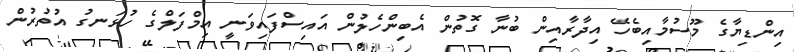
އިންޑިޔާގެ މޫސުމާއިބެހޭ އިދާރާއިން ބުނާ ގޮތުން އެބިންހެލުން އައިސްފައިވަނީ އިމްފަލްގެ ހުޅަނގު އުތުރުން